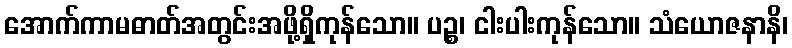
အောက်ကာမဓာတ်အတွင်းအဖို့ရှိကုန်သော။ ပဉ္စ၊ ငါးပါးကုန်သော။ သံယောဇနာနိ၊